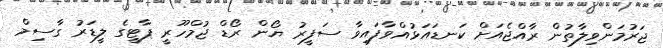
ޖަރުމަންވިލާތުން ރާއްޖެއަށް ކަނޑައަޅުއްވާފައިވާ ސަފީރު ޔޯން ރޯޑް ޖުމްހޫރީ ޕާޓީގެ ލީޑަރު ގާސިމް